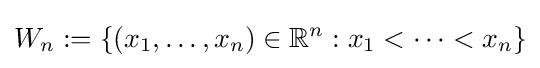
W_{n}:=\{(x_{1},\dots ,x_{n})\in \mathbb {R} ^{n}:x_{1}<\dots <x_{n}\}